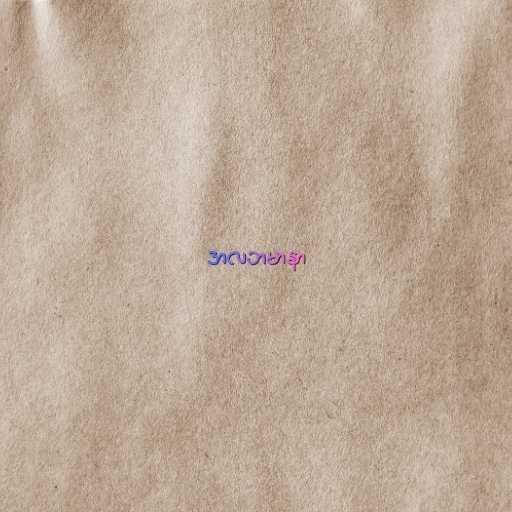
အလဘမာနာ